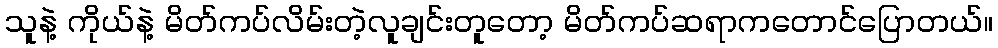
သူနဲ့ ကိုယ်နဲ့ မိတ်ကပ်လိမ်းတဲ့လူချင်းတူတော့ မိတ်ကပ်ဆရာကတောင်ပြောတယ်။